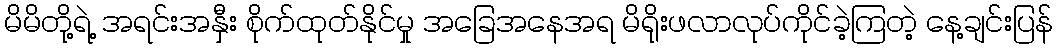
မိမိတို့ရဲ့ အရင်းအနှီး စိုက်ထုတ်နိုင်မှု အခြေအနေအရ မိရိုးဖလာလုပ်ကိုင်ခဲ့ကြတဲ့ နေ့ချင်းပြန်